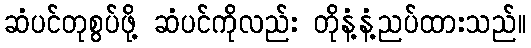
ဆံပင်တုစွပ်ဖို့ ဆံပင်ကိုလည်း တိုနံ့နံ့ညပ်ထားသည်။